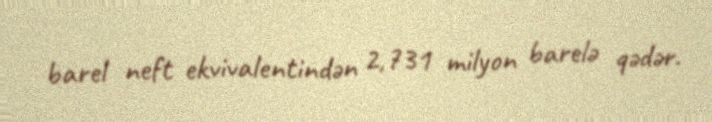
barel neft ekvivalentindən 2,731 milyon barelə qədər.